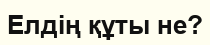
Елдің құты не?